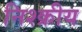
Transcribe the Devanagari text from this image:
निश्क्रीय